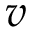
v